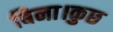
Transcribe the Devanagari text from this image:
बिना।कुछ